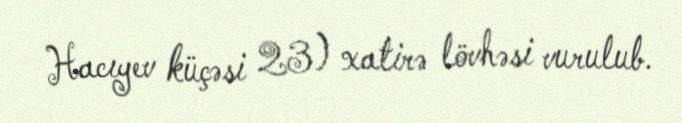
Hacıyev küçəsi 23) xatirə lövhəsi vurulub.